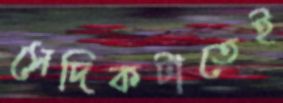
সেদিকটাতেই